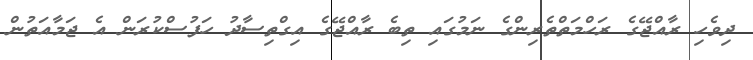
ދިވެހި ރާއްޖޭގެ ރަހްމަތްތެރިންގެ ނަމުގައި ތިބެ ރާއްޖޭގެ އިގްތިސާދު ހަފުސްކުރަން އެ ޖަމާއަތުން